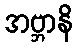
အဗ္ဘာနိ